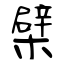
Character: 檗